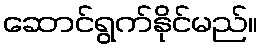
ဆောင်ရွက်နိုင်မည်။